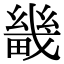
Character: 畿